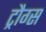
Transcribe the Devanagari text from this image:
ट्रौग्स